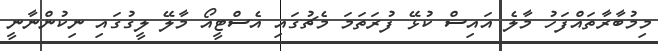
މިމުބާރާތައްފަހު މާލެ އައިސް ކުޅޭ ފުރަތަމަ މެޗުގައި އެސްޓީއޯ މާލޭ ލީގުގައި ނިކުންނާނީ